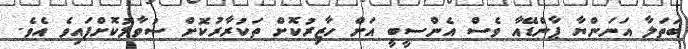
ބަތަލާ އަނަންޔާ ޕާންޑޭއާ ވެސް އެންސީބީ އަށް ހާޒިރުކޮށް ތަކުރާރުކޮށް ސުވާލުކޮށްފައިިވެ އެވެ.